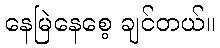
နေမြဲနေစေ့ ချင်တယ်။